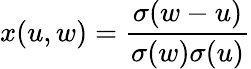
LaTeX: x(u,w)={\frac{\sigma(w-u)}{\sigma(w)\sigma(u)}}